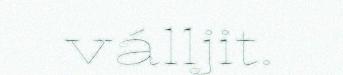
válljit.